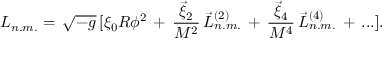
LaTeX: { \cal L } _ { n . m . } = \, { \sqrt { - g } } \, \lbrack \xi _ { 0 } R \phi ^ { 2 } \, + \, { \frac { { \vec { \xi } } _ { 2 } } { M ^ { 2 } } } \, { \vec { \cal L } } _ { n . m . } ^ { ( 2 ) } \, + \, { \frac { { \vec { \xi } } _ { 4 } } { M ^ { 4 } } } \, { \vec { \cal L } } _ { n . m . } ^ { ( 4 ) } \, + \, . . . \rbrack .